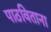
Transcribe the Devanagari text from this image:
पाठविताना